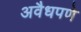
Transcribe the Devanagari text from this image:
अवैधपणे